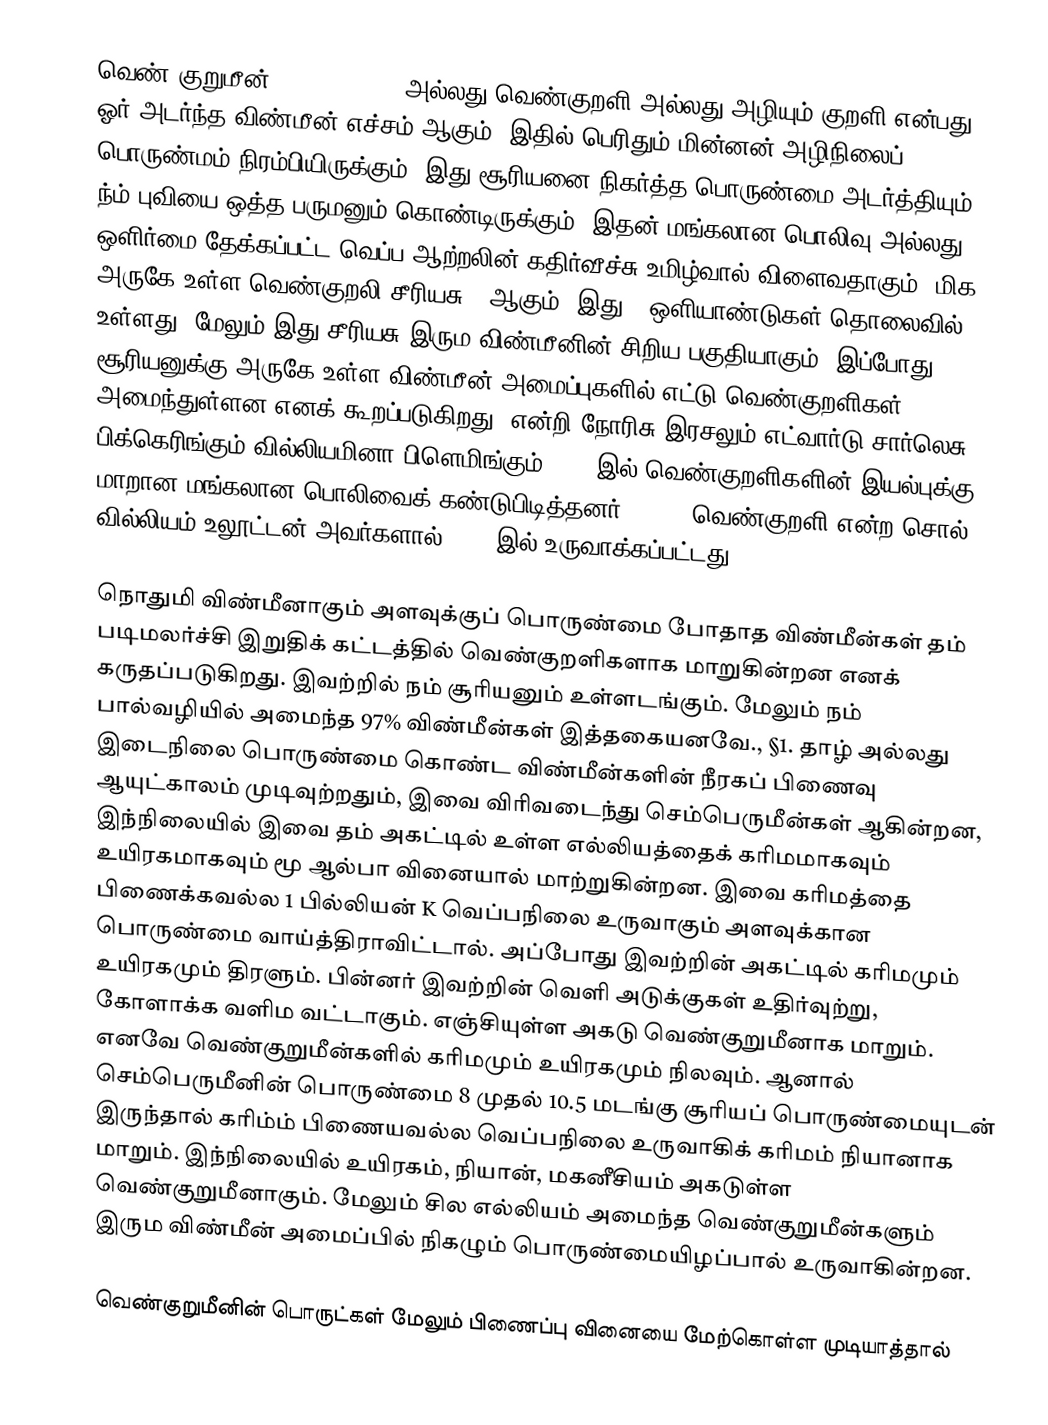
வெண் குறுமீன் (white dwarf) அல்லது வெண்குறளி அல்லது அழியும் குறளி என்பது ஓர் அடர்ந்த விண்மீன் எச்சம் ஆகும். இதில் பெரிதும் மின்னன்-அழிநிலைப் பொருண்மம் நிரம்பியிருக்கும். இது சூரியனை நிகர்த்த பொருண்மை அடர்த்தியும் ந்ம் புவியை ஒத்த பருமனும் கொண்டிருக்கும். இதன் மங்கலான பொலிவு அல்லது ஒளிர்மை தேக்கப்பட்ட வெப்ப ஆற்றலின் கதிர்வீச்சு உமிழ்வால் விளைவதாகும். மிக அருகே உள்ள வெண்குறலி சீரியசு B ஆகும். இது 6 ஒளியாண்டுகள் தொலைவில் உள்ளது. மேலும் இது சீரியசு இரும விண்மீனின் சிறிய பகுதியாகும். இப்போது சூரியனுக்கு அருகே உள்ள விண்மீன் அமைப்புகளில் எட்டு வெண்குறளிகள் அமைந்துள்ளன எனக் கூறப்படுகிறது. என்றி நோரிசு இரசலும் எட்வார்டு சார்லெசு பிக்கெரிங்கும் வில்லியமினா பிளெமிங்கும் 1910 இல் வெண்குறளிகளின் இயல்புக்கு மாறான மங்கலான பொலிவைக் கண்டுபிடித்தனர்;, p. 1  வெண்குறளி என்ற சொல் வில்லியம் உலூட்டன் அவர்களால் 1922 இல் உருவாக்கப்பட்டது.

நொதுமி விண்மீனாகும் அளவுக்குப் பொருண்மை போதாத விண்மீன்கள் தம் படிமலர்ச்சி இறுதிக் கட்டத்தில் வெண்குறளிகளாக மாறுகின்றன எனக் கருதப்படுகிறது. இவற்றில் நம் சூரியனும் உள்ளடங்கும். மேலும் நம் பால்வழியில் அமைந்த  97%  விண்மீன்கள் இத்தகையனவே., §1. தாழ் அல்லது இடைநிலை பொருண்மை கொண்ட விண்மீன்களின் நீரகப் பிணைவு ஆயுட்காலம் முடிவுற்றதும், இவை விரிவடைந்து செம்பெருமீன்கள் ஆகின்றன, இந்நிலையில் இவை தம் அகட்டில் உள்ள எல்லியத்தைக் கரிமமாகவும் உயிரகமாகவும் மூ ஆல்பா வினையால்  மாற்றுகின்றன. இவை கரிமத்தை பிணைக்கவல்ல 1 பில்லியன் K வெப்பநிலை உருவாகும் அளவுக்கான பொருண்மை வாய்த்திராவிட்டால். அப்போது இவற்றின் அகட்டில் கரிமமும் உயிரகமும் திரளும். பின்னர் இவற்றின் வெளி அடுக்குகள் உதிர்வுற்று, கோளாக்க வளிம வட்டாகும். எஞ்சியுள்ள அகடு வெண்குறுமீனாக மாறும். எனவே வெண்குறுமீன்களில் கரிமமும் உயிரகமும் நிலவும். ஆனால் செம்பெருமீனின் பொருண்மை 8 முதல் 10.5 மடங்கு சூரியப் பொருண்மையுடன் இருந்தால் கரிம்ம் பிணையவல்ல வெப்பநிலை உருவாகிக் கரிமம் நியானாக மாறும். இந்நிலையில் உயிரகம், நியான், மகனீசியம் அகடுள்ள வெண்குறுமீனாகும். மேலும் சில எல்லியம் அமைந்த வெண்குறுமீன்களும் இரும விண்மீன் அமைப்பில் நிகழும் பொருண்மையிழப்பால் உருவாகின்றன.

வெண்குறுமீனின் பொருட்கள் மேலும் பிணைப்பு வினையை மேற்கொள்ள முடியாத்தால்